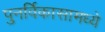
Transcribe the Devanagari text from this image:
पुनर्विकासामध्ये